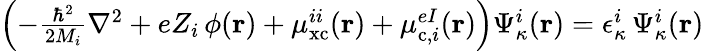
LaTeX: \begin{array}{r}{\left(-\frac{\hbar^{2}}{2M_{i}}\nabla^{2}+eZ_{i}\, \phi(\mathbf{r})+\mu_{\mathrm{xc}}^{ii}(\mathbf{r})+\mu_{\mathrm{c},i}^{eI}(\mathbf{r})\right)\Psi_{\kappa}^{i}(\mathbf{r})=\epsilon_{\kappa}^{i}\, \Psi_{\kappa}^{i}(\mathbf{r})}\end{array}